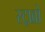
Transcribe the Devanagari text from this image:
स्ट्राव्रो